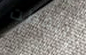
التقطت